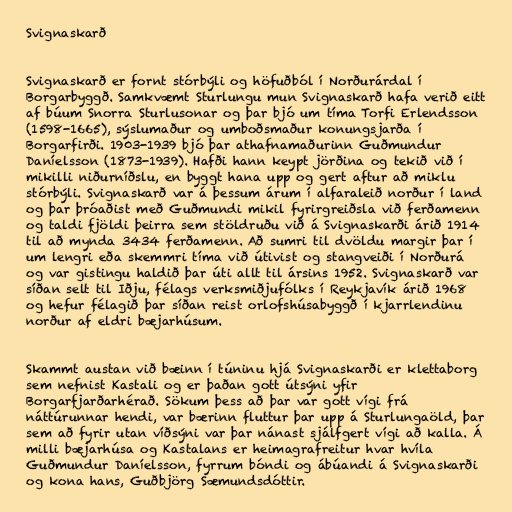
Svignaskarð

Svignaskarð er fornt stórbýli og höfuðból í Norðurárdal í
Borgarbyggð. Samkvæmt Sturlungu mun Svignaskarð hafa verið eitt
af búum Snorra Sturlusonar og þar bjó um tíma Torfi Erlendsson
(1598-1665), sýslumaður og umboðsmaður konungsjarða í
Borgarfirði. 1903-1939 bjó þar athafnamaðurinn Guðmundur
Daníelsson (1873-1939). Hafði hann keypt jörðina og tekið við í
mikilli niðurníðslu, en byggt hana upp og gert aftur að miklu
stórbýli. Svignaskarð var á þessum árum í alfaraleið norður í land
og þar þróaðist með Guðmundi mikil fyrirgreiðsla við ferðamenn
og taldi fjöldi þeirra sem stöldruðu við á Svignaskarði árið 1914
til að mynda 3434 ferðamenn. Að sumri til dvöldu margir þar í
um lengri eða skemmri tíma við útivist og stangveiði í Norðurá
og var gistingu haldið þar úti allt til ársins 1952. Svignaskarð var
síðan selt til Iðju, félags verksmiðjufólks í Reykjavík árið 1968
og hefur félagið þar síðan reist orlofshúsabyggð í kjarrlendinu
norður af eldri bæjarhúsum.

Skammt austan við bæinn í túninu hjá Svignaskarði er klettaborg
sem nefnist Kastali og er þaðan gott útsýni yfir
Borgarfjarðarhérað. Sökum þess að þar var gott vígi frá
náttúrunnar hendi, var bærinn fluttur þar upp á Sturlungaöld, þar
sem að fyrir utan víðsýni var þar nánast sjálfgert vígi að kalla. Á
milli bæjarhúsa og Kastalans er heimagrafreitur hvar hvíla
Guðmundur Daníelsson, fyrrum bóndi og ábúandi á Svignaskarði
og kona hans, Guðbjörg Sæmundsdóttir.